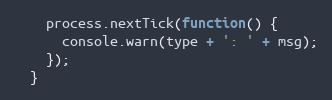
Language: JavaScript
    process.nextTick(function() {
      console.warn(type + ': ' + msg);
    });
  }